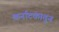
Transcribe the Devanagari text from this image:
कर्नाटकातुन